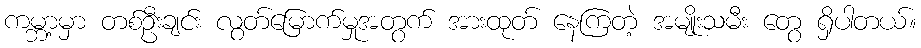
ကမ္ဘာ့မှာ တစ်ဦးချင်း လွတ်မြောက်မှုအတွက် အားထုတ် နေကြတဲ့ အမျိုးသမီး တွေ ရှိပါတယ်။